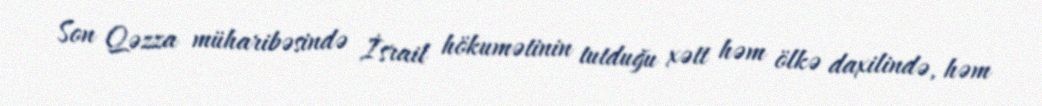
Son Qəzza müharibəsində İsrail hökumətinin tutduğu xətt həm ölkə daxilində, həm